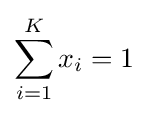
\sum _{i=1}^{K}x_{i}=1